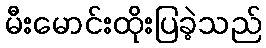
မီးမောင်းထိုးပြခဲ့သည်